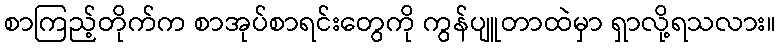
စာကြည့်တိုက်က စာအုပ်စာရင်းတွေကို ကွန်ပျူတာထဲမှာ ရှာလို့ရသလား။